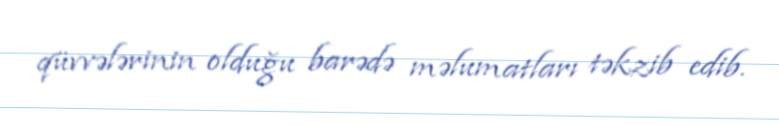
qüvvələrinin olduğu barədə məlumatları təkzib edib.